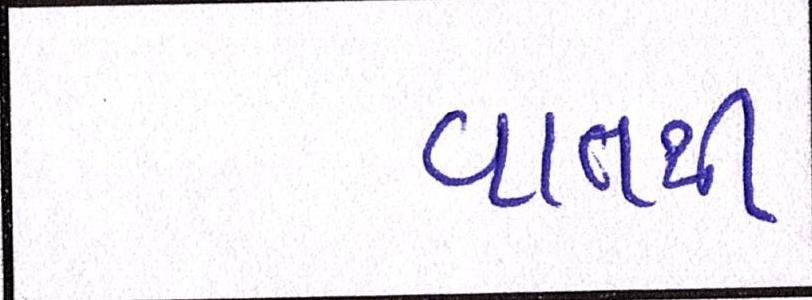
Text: વાતથી